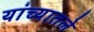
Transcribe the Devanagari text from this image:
यांच्यातले